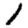
Digit: 1